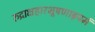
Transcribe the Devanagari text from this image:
रुद्राक्षहारभूषणाढ़यमं